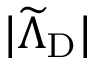
| \widetilde { \Lambda } _ { \mathrm { { D } } } |